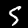
Label: 5